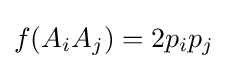
f(A_{i}A_{j})=2p_{i}p_{j}